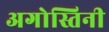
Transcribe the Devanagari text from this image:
अगोस्तिनी